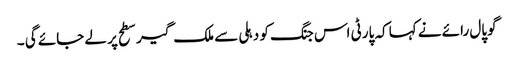
گوپال رائے نے کہا کہ پارٹی اس جنگ کو دہلی سے ملک گیر سطح پر لے جائے گی ۔